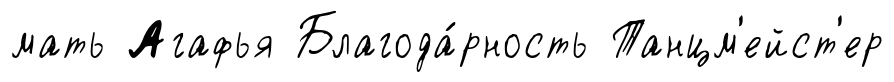
мать Агафья Благода́рность Танцм'ейст'ер